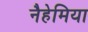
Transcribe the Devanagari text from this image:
नैहेमिया